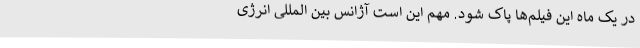
در یک ماه این فیلم‌ها پاک شود. مهم این است آژانس بین المللی انرژی